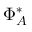
\Phi _ { A } ^ { * }